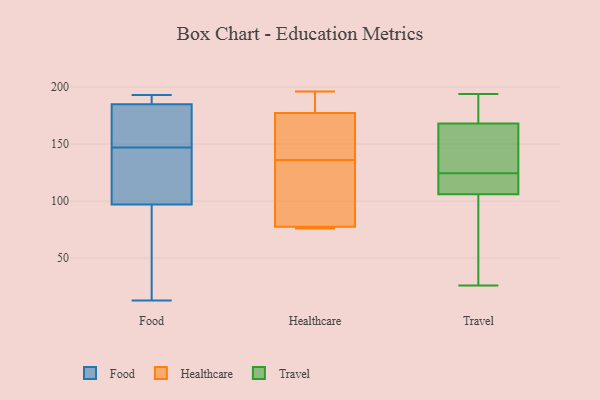
{"axis": {"x": "Inventory Turnover", "y": "Value"}, "legend": ["Food", "Healthcare", "Travel"], "data": [{"x": "", "y": 182, "type": "Food"}, {"x": "", "y": 121, "type": "Food"}, {"x": "", "y": 189, "type": "Food"}, {"x": "", "y": 149, "type": "Food"}, {"x": "", "y": 136, "type": "Food"}, {"x": "", "y": 188, "type": "Food"}, {"x": "", "y": 78, "type": "Food"}, {"x": "", "y": 103, "type": "Food"}, {"x": "", "y": 147, "type": "Food"}, {"x": "", "y": 17, "type": "Food"}, {"x": "", "y": 147, "type": "Food"}, {"x": "", "y": 13, "type": "Food"}, {"x": "", "y": 193, "type": "Food"}, {"x": "", "y": 160, "type": "Food"}, {"x": "", "y": 192, "type": "Food"}, {"x": "", "y": 91, "type": "Food"}, {"x": "", "y": 146, "type": "Healthcare"}, {"x": "", "y": 79, "type": "Healthcare"}, {"x": "", "y": 136, "type": "Healthcare"}, {"x": "", "y": 169, "type": "Healthcare"}, {"x": "", "y": 180, "type": "Healthcare"}, {"x": "", "y": 184, "type": "Healthcare"}, {"x": "", "y": 77, "type": "Healthcare"}, {"x": "", "y": 196, "type": "Healthcare"}, {"x": "", "y": 76, "type": "Healthcare"}, {"x": "", "y": 103, "type": "Healthcare"}, {"x": "", "y": 76, "type": "Healthcare"}, {"x": "", "y": 26, "type": "Travel"}, {"x": "", "y": 109, "type": "Travel"}, {"x": "", "y": 60, "type": "Travel"}, {"x": "", "y": 111, "type": "Travel"}, {"x": "", "y": 148, "type": "Travel"}, {"x": "", "y": 138, "type": "Travel"}, {"x": "", "y": 106, "type": "Travel"}, {"x": "", "y": 168, "type": "Travel"}, {"x": "", "y": 194, "type": "Travel"}, {"x": "", "y": 188, "type": "Travel"}]}